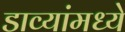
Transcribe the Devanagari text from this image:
डाव्यांमध्ये